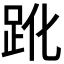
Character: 𧿕